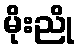
မိုးညို